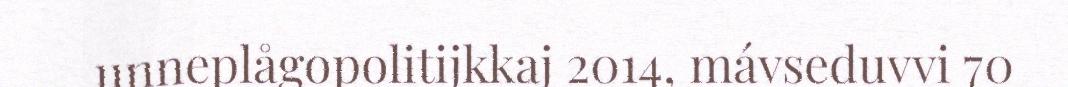
unneplågopolitijkkaj 2014, mávseduvvi 70